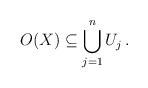
LaTeX: \begin{align*}O(X) \subseteq \bigcup_{j=1}^n U_j \,.\end{align*}